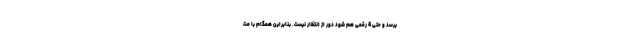
برسد و حتی 4 رقمی هم شود دور از انتظار نیست. بنابراین همگام با مت